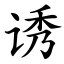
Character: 诱